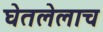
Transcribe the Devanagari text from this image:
घेतलेलाच